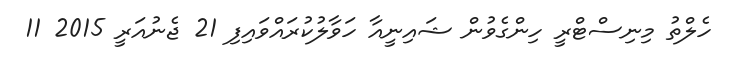
ހެލްތު މިނިސްޓްރީ ހިންގެވުން ޝައިނީއާ ހަވާލުކުރައްވައިފި 21 ޖެނުއަރީ 2015 11